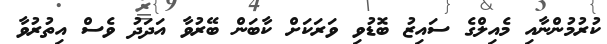
ކުރުމުންނާއި މެއިލްގެ ސައިޒު ބޮޑުވި ވަރަކަށް ކާބަން ބޭރުވާ އަދަދު ވެސް އިތުރުވާ